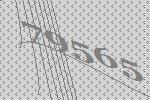
79565